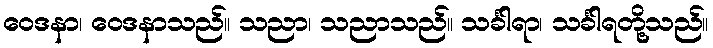
ဝေဒနာ၊ ဝေဒနာသည်။ သညာ၊ သညာသည်။ သင်္ခါရာ၊ သင်္ခါရတို့သည်။